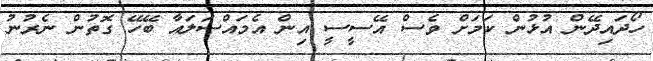
ހޯދައިދޭން އުޅުން ކަމަށް ވެސް އޭސީސީ އިން އެމައްސަލައާ ބޭހޭ ގޮތުން ނެރުނު